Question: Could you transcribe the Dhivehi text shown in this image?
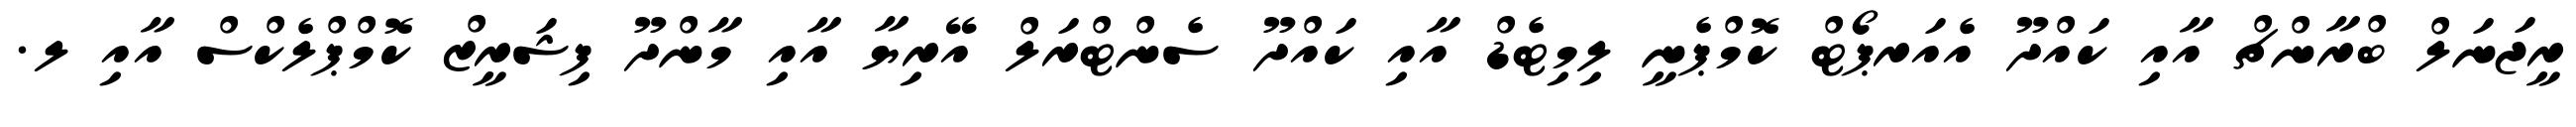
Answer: ރީޖަނަލް ބްރާންޗް އާއި ކައްދޫ އެއަރޕޯޓް ކޮމްޕެނީ ލިމިޓެޑް އާއި ކައްދޫ ސެންޓްރަލް އޭރިޔާ އާއި މާންދޫ ފިޝަރީޒް ކޮމްޕްލެކްސް އާއި ލ.